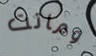
وماتت